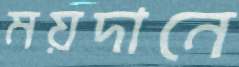
ময়দানে